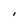
Character: I